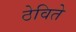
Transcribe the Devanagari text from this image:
ठेविते